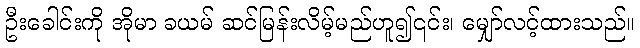
ဦးခေါင်းကို အိုမာ ခယမ် ဆင်မြန်းလိမ့်မည်ဟူ၍၎င်း၊ မျှော်လင့်ထားသည်။